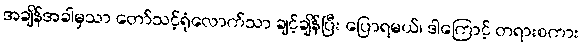
အချိန်အခါမှသာ တော်သင့်ရုံလောက်သာ ချင့်ချိန်ပြီး ပြောရမယ်၊ ဒါကြောင့် တရားစကား